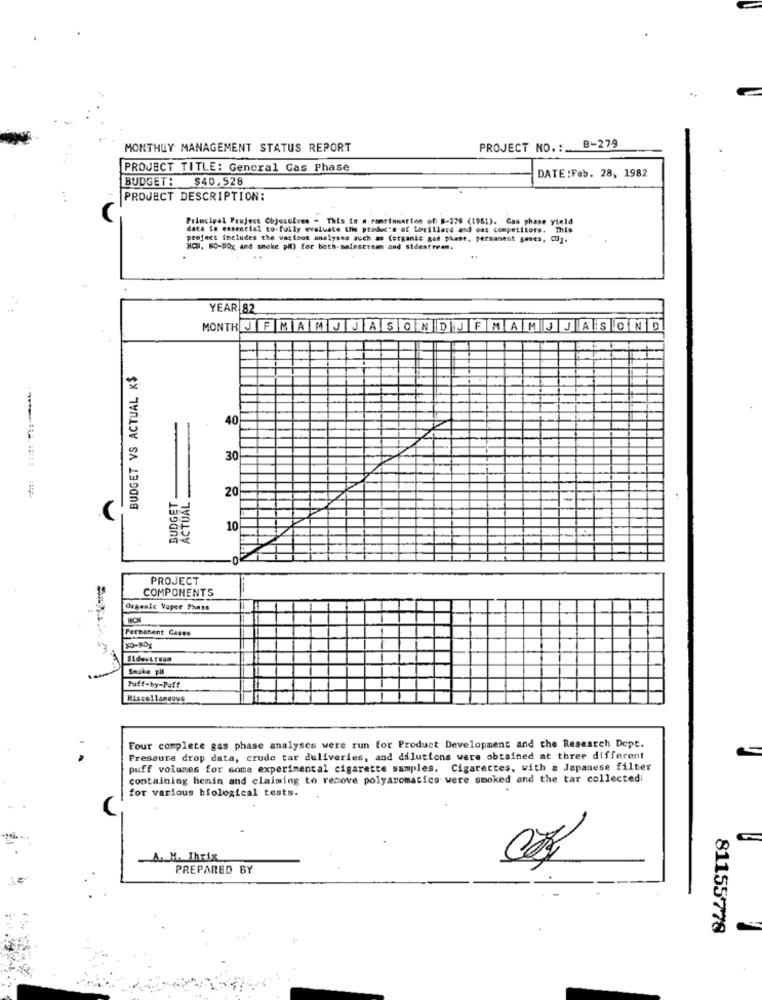
MONTHLY MANAGEMENT STATUS REPORT
PROJECT NO. : B-279
PROJECT TITLE: General Gas Phase
DATE : Feb. 28, 1982
BUDGET: $40,528
PROJECT DESCRIPTION:
Principal Project Objectives - This is a. continuarien of 8-279 (1961). Gas phase yield
data is essential to fully evaluate the products of Lorillard and ost competitors. This
project includes the various analyses auch as (organic gas phase, permanent gases, Co2.
HON. KO-50x and smoke p() for both-mainstream and sidestream.
..
YEAR 82
MONTH JFMAMJ JASONDJFMAMJ JASOND
BUDGET VS ACTUAL K$
40
30
ACTUAL
BUDGET
20
10
PROJECT
COMPONENTS
Orgenle Vapor Phase
Permanent Cases
Snoke PH
Puff-by-Puff
Miscellaneous
Four complete gas phase analyses were run for Product Development and the Research Dept.
Pressure drop data, crude tar deliveries, and dilutions were obtained at three different
puff volumes for some experimental cigarette samples. Cigarettes, with a Japanese filter
containing hemin and claiming to remove polyaromatics were smoked and the tar collected:
for various biological tests.
A. M. Ihrix
PREPARED BY
81155778